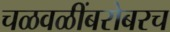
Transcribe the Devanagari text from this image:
चळवळींबरोबरच